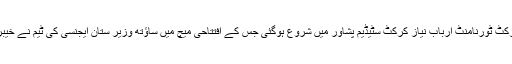
30 جنوری 2015ء)پہلا گورنر گولڈ کپ فاٹا ٹی ٹوئنٹی کرکٹ ٹورنامنٹ ارباب نیاز کرکٹ سٹیڈیم پشاور میں شروع ہوگئی جس کے افتتاحی میچ میں ساؤتھ وزیر ستان ایجنسی کی ٹیم نے خیبر ایجنسی کو 30 رنز سے شکست دیکر کامیابی حاصل کی۔